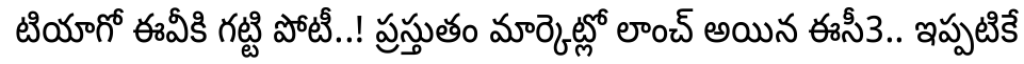
టియాగో ఈవీకి గట్టి పోటీ..! ప్రస్తుతం మార్కెట్లో లాంచ్ అయిన ఈసీ3.. ఇప్పటికే